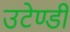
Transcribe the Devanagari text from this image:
उटेण्डी